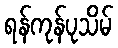
ရန်ကုန်ပုသိမ်